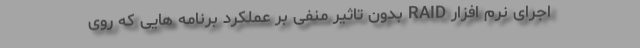
اجرای نرم افزار RAID بدون تاثیر منفی بر عملکرد برنامه هایی که روی